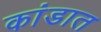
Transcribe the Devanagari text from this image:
कांडात